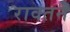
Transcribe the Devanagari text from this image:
रावतने